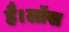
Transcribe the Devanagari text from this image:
है।लॉस